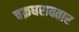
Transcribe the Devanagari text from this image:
चक्रधरावतार